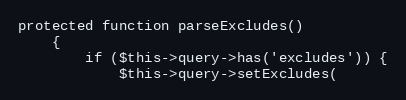
Language: PHP
protected function parseExcludes()
    {
        if ($this->query->has('excludes')) {
            $this->query->setExcludes(